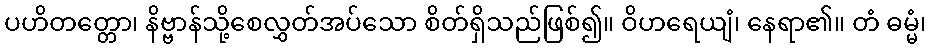
ပဟိတတ္တော၊ နိဗ္ဗာန်သို့စေလွှတ်အပ်သော စိတ်ရှိသည်ဖြစ်၍။ ဝိဟရေယျံ၊ နေရာ၏။ တံ ဓမ္မံ၊